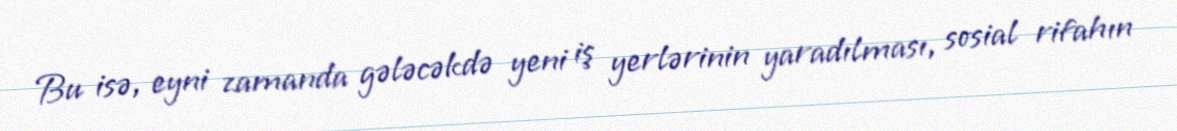
Bu isə, eyni zamanda gələcəkdə yeni iş yerlərinin yaradılması, sosial rifahın